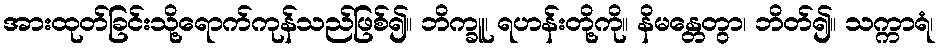
အားထုတ်ခြင်းသို့ရောက်ကုန်သည်ဖြစ်၍။ ဘိက္ခူ၊ ရဟန်းတို့ကို။ နိမန္တေတွာ၊ ဘိတ်၍။ သက္ကာရံ၊